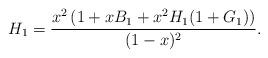
LaTeX: \begin{align*} H_1 = \frac{x^2\left( 1+xB_1 + x^2 H_1 (1+G_1) \right)}{(1-x)^2}.\end{align*}